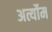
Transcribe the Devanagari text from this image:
अर्त्योम